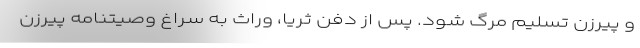
و پیرزن تسلیم مرگ شود. پس از دفن ثریا، وراث به سراغ وصیتنامه پیرزن